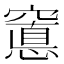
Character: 𮄖